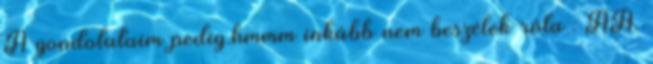
A gondolataim pedig.hmmm inkább nem beszélek róla : ÁÁ.